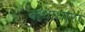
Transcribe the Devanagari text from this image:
कथाधारा